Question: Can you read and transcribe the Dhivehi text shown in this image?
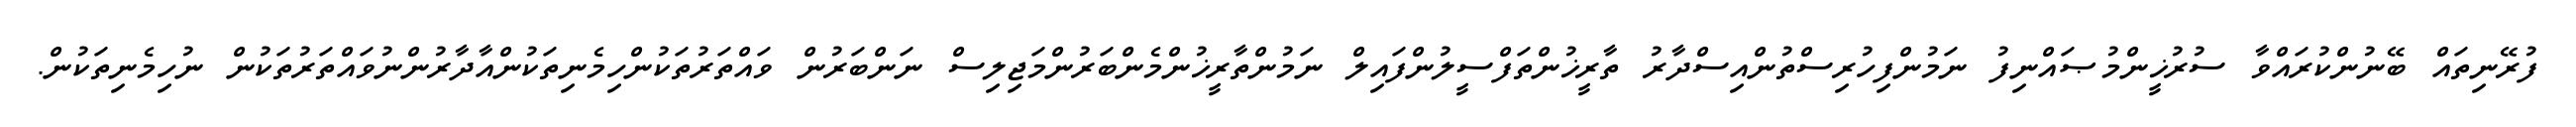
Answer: ފުރޭނިތައް ބޭނުންކުރައްވާ ސުރުޚީންމުޞައްނިފު ނަމުންފިހުރިސްތުންއިސްދާރު ތާރީޚުންތަފްސީލުންފައިލް ނަމުންތާރީޚުންމެންބަރުންމަޖިލިސް ނަންބަރުން ވައްތަރުތަކުންހިމެނިތަކުންއާދާރުންނުވައްތަރުތަކުން ނުހިމެނިތަކުން.